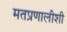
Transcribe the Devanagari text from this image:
मतप्रणालीशी